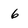
Character: 6